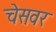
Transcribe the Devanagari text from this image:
चेसवर